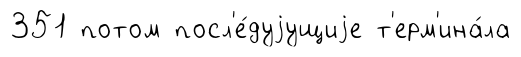
351 потом посл'е́дуjущиjе т'ерм'ина́ла